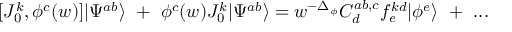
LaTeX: [ J _ { 0 } ^ { k } , \phi ^ { c } ( w ) ] | \Psi ^ { a b } \rangle ~ + ~ \phi ^ { c } ( w ) J _ { 0 } ^ { k } | \Psi ^ { a b } \rangle = w ^ { - \Delta _ { \phi } } C _ { d } ^ { a b , c } f _ { e } ^ { k d } | \phi ^ { e } \rangle ~ + ~ . . .